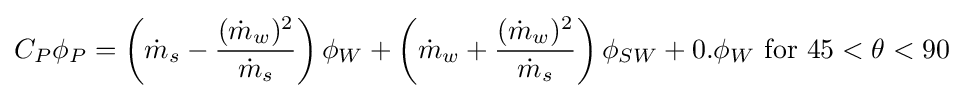
C_{P}\phi _{P}=\left({\dot {m}}_{s}-{\frac {({\dot {m}}_{w})^{2}}{{\dot {m}}_{s}}}\right)\phi _{W}+{\left({\dot {m}}_{w}+{\frac {({\dot {m}}_{w})^{2}}{{\dot {m}}_{s}}}\right)\phi _{SW}}+0.\phi _{W}{\text{ for }}45<\theta <90